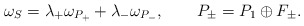
\begin{align*}\omega_S = \lambda_+ \omega_{P_+} + \lambda_- \omega_{P_-},\qquad P_\pm = P_1 \oplus F_\pm.\end{align*}